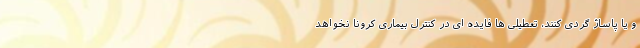
و یا پاساژ گردی کنند، تعطیلی ها فایده ای در کنترل بیماری کرونا نخواهد